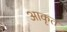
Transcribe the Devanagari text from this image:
आकृत